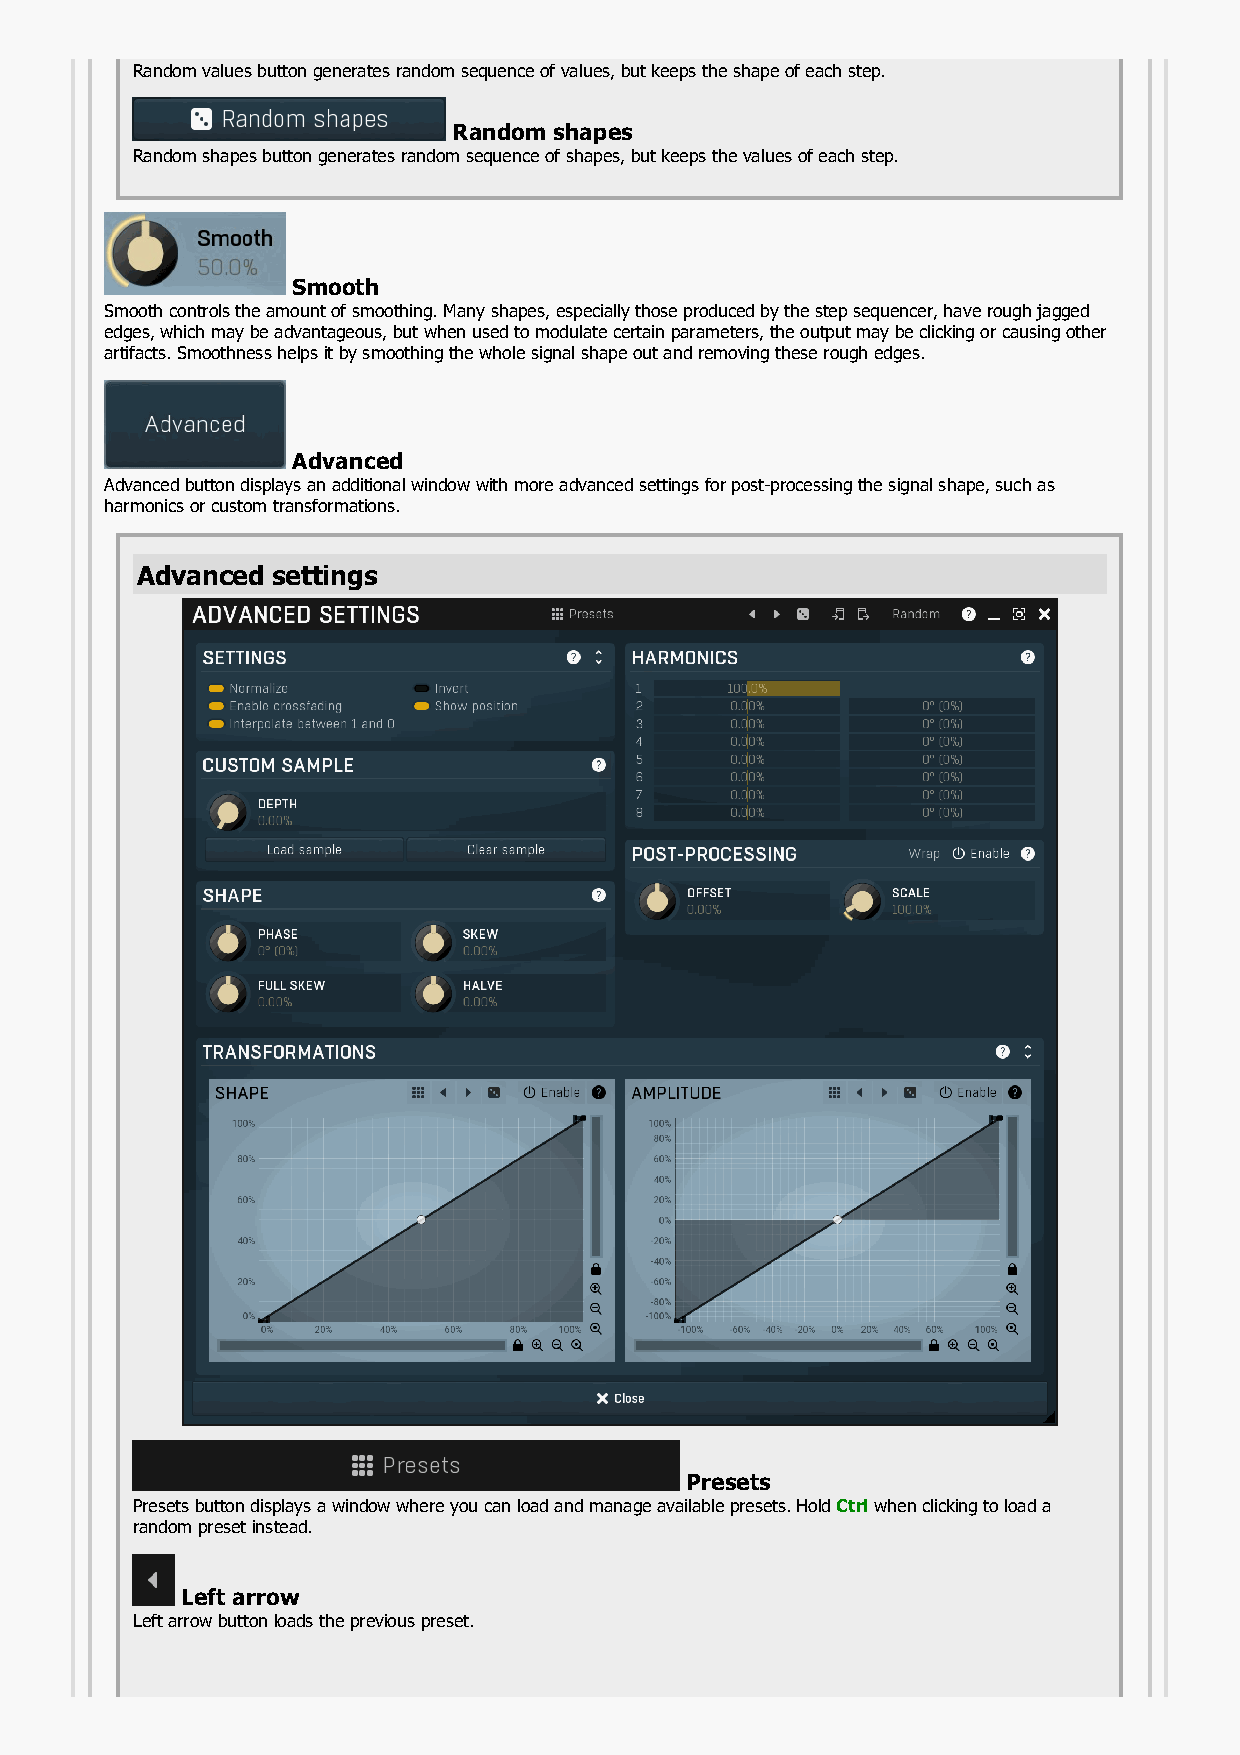
Random values button generates random sequence of values, but keeps the shape of each step.
 Random shapes
 Random shapes button generates random sequence of shapes, but keeps the values of each step.
 Smooth
 Smooth controls the amount of smoothing. Many shapes, especially those produced by the step sequencer, have rough jagged
 edges, which may be advantageous, but when used to modulate certain parameters, the output may be clicking or causing other
 artifacts. Smoothness helps it by smoothing the whole signal shape out and removing these rough edges.
 Advanced
 Advanced button displays an additional window with more advanced settings for post-processing the signal shape, such as
 harmonics or custom transformations.
 Advanced settings
 Presets
 Presets button displays a window where you can load and manage available presets. Hold Ctrl when clicking to load a
 random preset instead.
 Left arrow
 Left arrow button loads the previous preset.